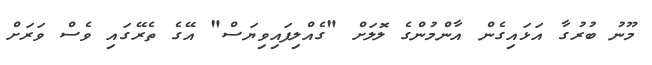
މޫނު ބުރުގާ އަޅައިގެން އާންމުންގެ ލޮލަށް "ގެއްލިފައިވިޔަސް" އޭގެ ތެރޭގައި ވެސް ވަރަށް